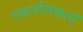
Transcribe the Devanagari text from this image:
रक्तनलिकाएँ